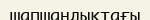
шапшаңдықтағы